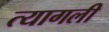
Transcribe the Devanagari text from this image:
त्यागली